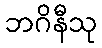
ဘဂိနီသု